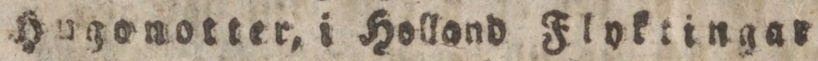
Hugonotter, i Holland Flyktingar